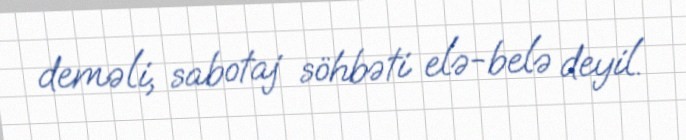
deməli, sabotaj söhbəti elə-belə deyil.